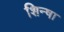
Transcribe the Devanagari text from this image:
शिन्षा